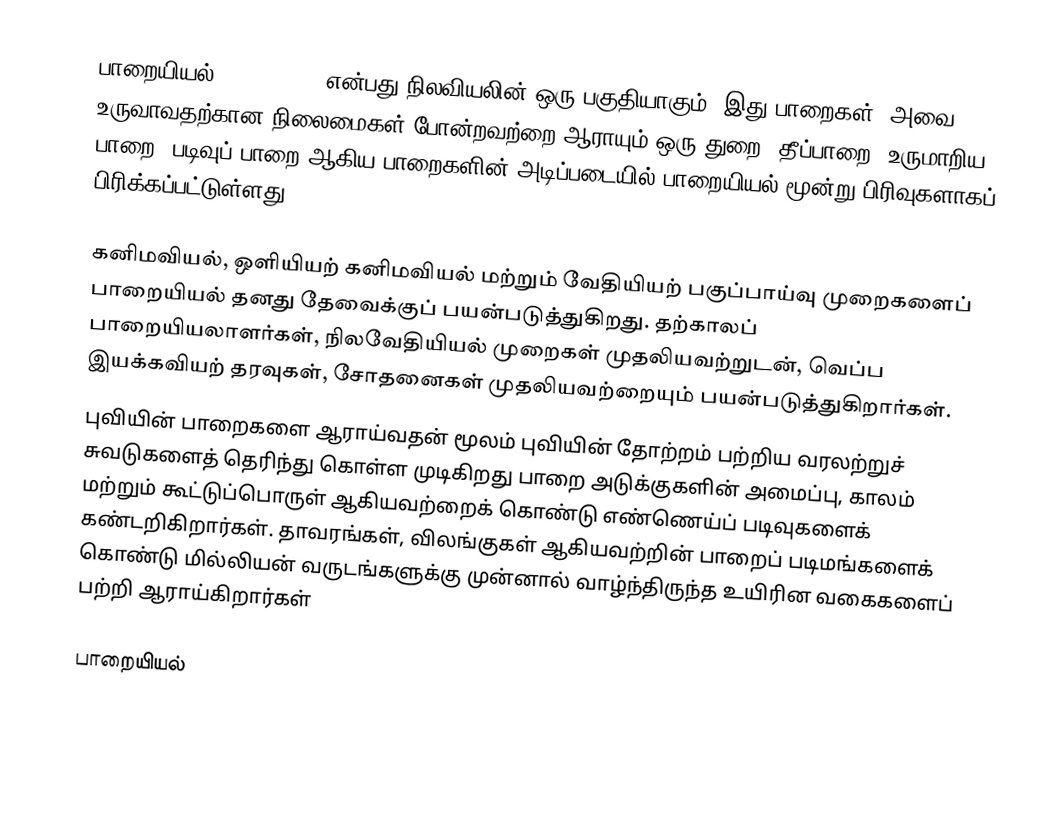
பாறையியல் (Petrology) என்பது நிலவியலின் ஒரு பகுதியாகும். இது பாறைகள், அவை உருவாவதற்கான நிலைமைகள் போன்றவற்றை ஆராயும் ஒரு துறை. தீப்பாறை, உருமாறிய பாறை, படிவுப் பாறை ஆகிய பாறைகளின் அடிப்படையில் பாறையியல் மூன்று பிரிவுகளாகப் பிரிக்கப்பட்டுள்ளது.

கனிமவியல், ஒளியியற் கனிமவியல் மற்றும் வேதியியற் பகுப்பாய்வு முறைகளைப் பாறையியல் தனது தேவைக்குப் பயன்படுத்துகிறது. தற்காலப் பாறையியலாளர்கள், நிலவேதியியல் முறைகள் முதலியவற்றுடன், வெப்ப இயக்கவியற் தரவுகள், சோதனைகள் முதலியவற்றையும் பயன்படுத்துகிறார்கள்.
புவியின் பாறைகளை ஆராய்வதன் மூலம் புவியின் தோற்றம் பற்றிய வரலற்றுச் சுவடுகளைத் தெரிந்து கொள்ள முடிகிறது  பாறை அடுக்குகளின் அமைப்பு, காலம் மற்றும் கூட்டுப்பொருள் ஆகியவற்றைக் கொண்டு எண்ணெய்ப் படிவுகளைக் கண்டறிகிறார்கள். தாவரங்கள், விலங்குகள் ஆகியவற்றின் பாறைப் படிமங்களைக் கொண்டு மில்லியன் வருடங்களுக்கு முன்னால் வாழ்ந்திருந்த உயிரின வகைகளைப் பற்றி ஆராய்கிறார்கள்

பாறையியல்